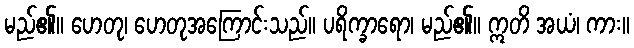
မည်၏။ ဟေတု၊ ဟေတုအကြောင်းသည်။ ပရိက္ခာရော၊ မည်၏။ ဣတိ အယံ၊ ကား။